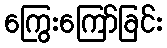
ကြွေးကြော်ခြင်း